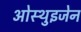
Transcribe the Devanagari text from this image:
ओस्थुइजेन